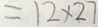
= 1 2 \times 2 7